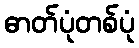
ဓာတ်ပုံတစ်ပုံ